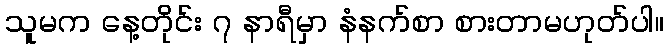
သူမက နေ့တိုင်း ၇ နာရီမှာ နံနက်စာ စားတာမဟုတ်ပါ။